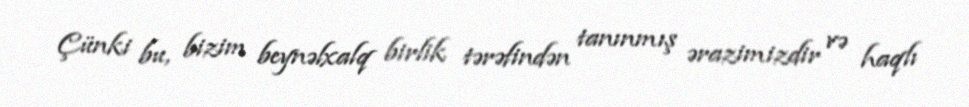
Çünki bu, bizim beynəlxalq birlik tərəfindən tanınmış ərazimizdir və haqlı